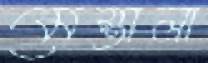
মেস্তালা